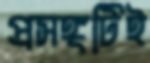
প্রসঙ্গটিই